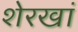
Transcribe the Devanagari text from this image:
शेरखां